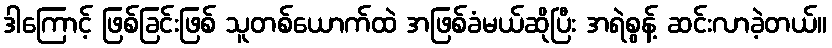
ဒါကြောင့် ဖြစ်ခြင်းဖြစ် သူတစ်ယောက်ထဲ အဖြစ်ခံမယ်ဆိုပြီး အရဲစွန့် ဆင်းလာခဲ့တယ်။